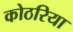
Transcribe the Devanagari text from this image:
कोठरिया